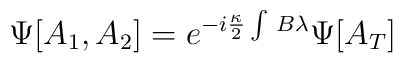
\Psi[A_1,A_2]=e^{-i\frac{\kappa}{2}\int\, B\lambda} \Psi[A_T]